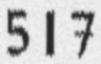
517